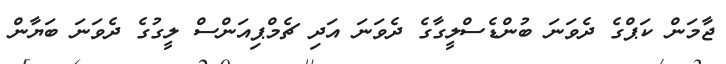
ޖާމަން ކަޕްގެ ދެވަނަ ބުންޑެސްލީގާގެ ދެވަނަ އަދި ޗެމްޕިއަންސް ލީގުގެ ދެވަނަ ބަޔާން